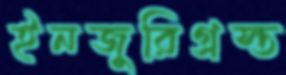
ইনজুরিগ্রস্ত